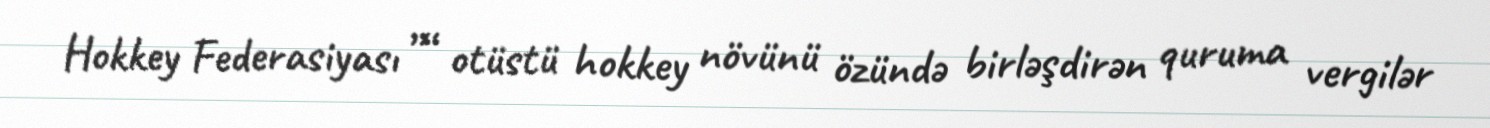
Hokkey Federasiyası ”“ otüstü hokkey növünü özündə birləşdirən quruma vergilər